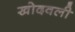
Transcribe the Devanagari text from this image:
खोदवली